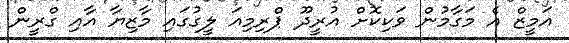
އަމީޒް އެ މަގާމުން ވަކިކޮށް އުރީދޫ ޕްރިމިއަ ލީގުގައި މާޒިޔާ އާއި ގްރީން